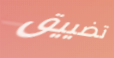
تضييق